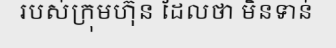
របស់ក្រុមហ៊ុន ដែលថា មិនទាន់